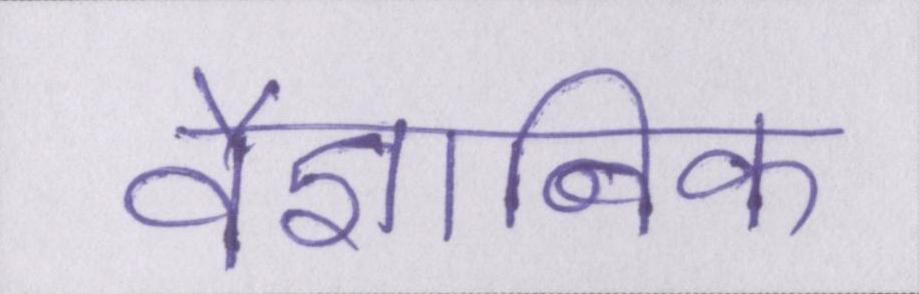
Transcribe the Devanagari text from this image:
वैज्ञानिक